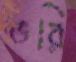
ভরি